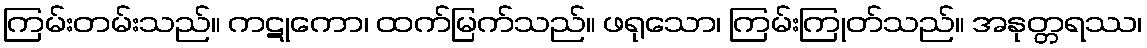
ကြမ်းတမ်းသည်။ ကဋုကော၊ ထက်မြက်သည်။ ဖရုသော၊ ကြမ်းကြုတ်သည်။ အနုတ္တရဿ၊